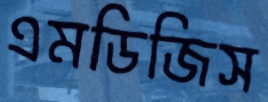
এমডিজিস